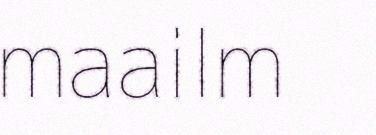
maailm